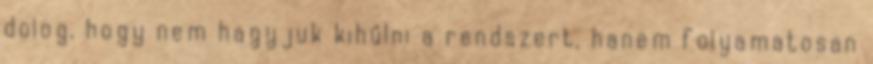
dolog, hogy nem hagyjuk kihűlni a rendszert, hanem folyamatosan